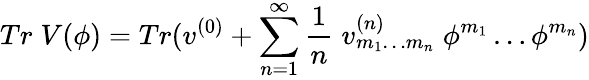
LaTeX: Tr\; V(\phi)=Tr(v^{(0)}+\sum_{n=1}^{\infty}\frac{1}{n}\; v_{m_{1}\ldots m_{n}}^{(n)}\; \phi^{m_{1}}\ldots\phi^{m_{n}})